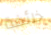
خائفة